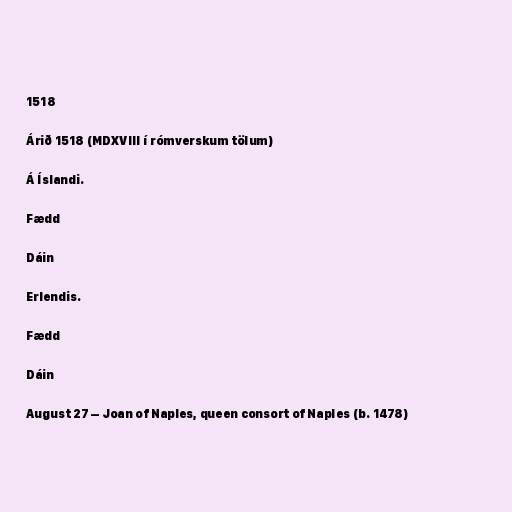
1518

Árið 1518 (MDXVIII í rómverskum tölum)

Á Íslandi.

Fædd

Dáin

Erlendis.

Fædd

Dáin

August 27 – Joan of Naples, queen consort of Naples (b. 1478)